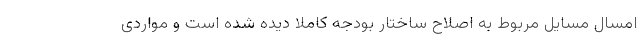
امسال مسایل مربوط به اصلاح ساختار بودجه کاملا دیده شده است و مواردی